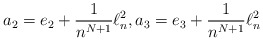
\begin{align*}a_2= e_2 +\frac{1}{n^{N+1}}\ell^2_n, a_3= e_3 +\frac{1}{n^{N+1}}\ell^2_n \end{align*}